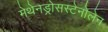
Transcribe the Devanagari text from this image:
मेथेनड्रोसस्टेनोलेन